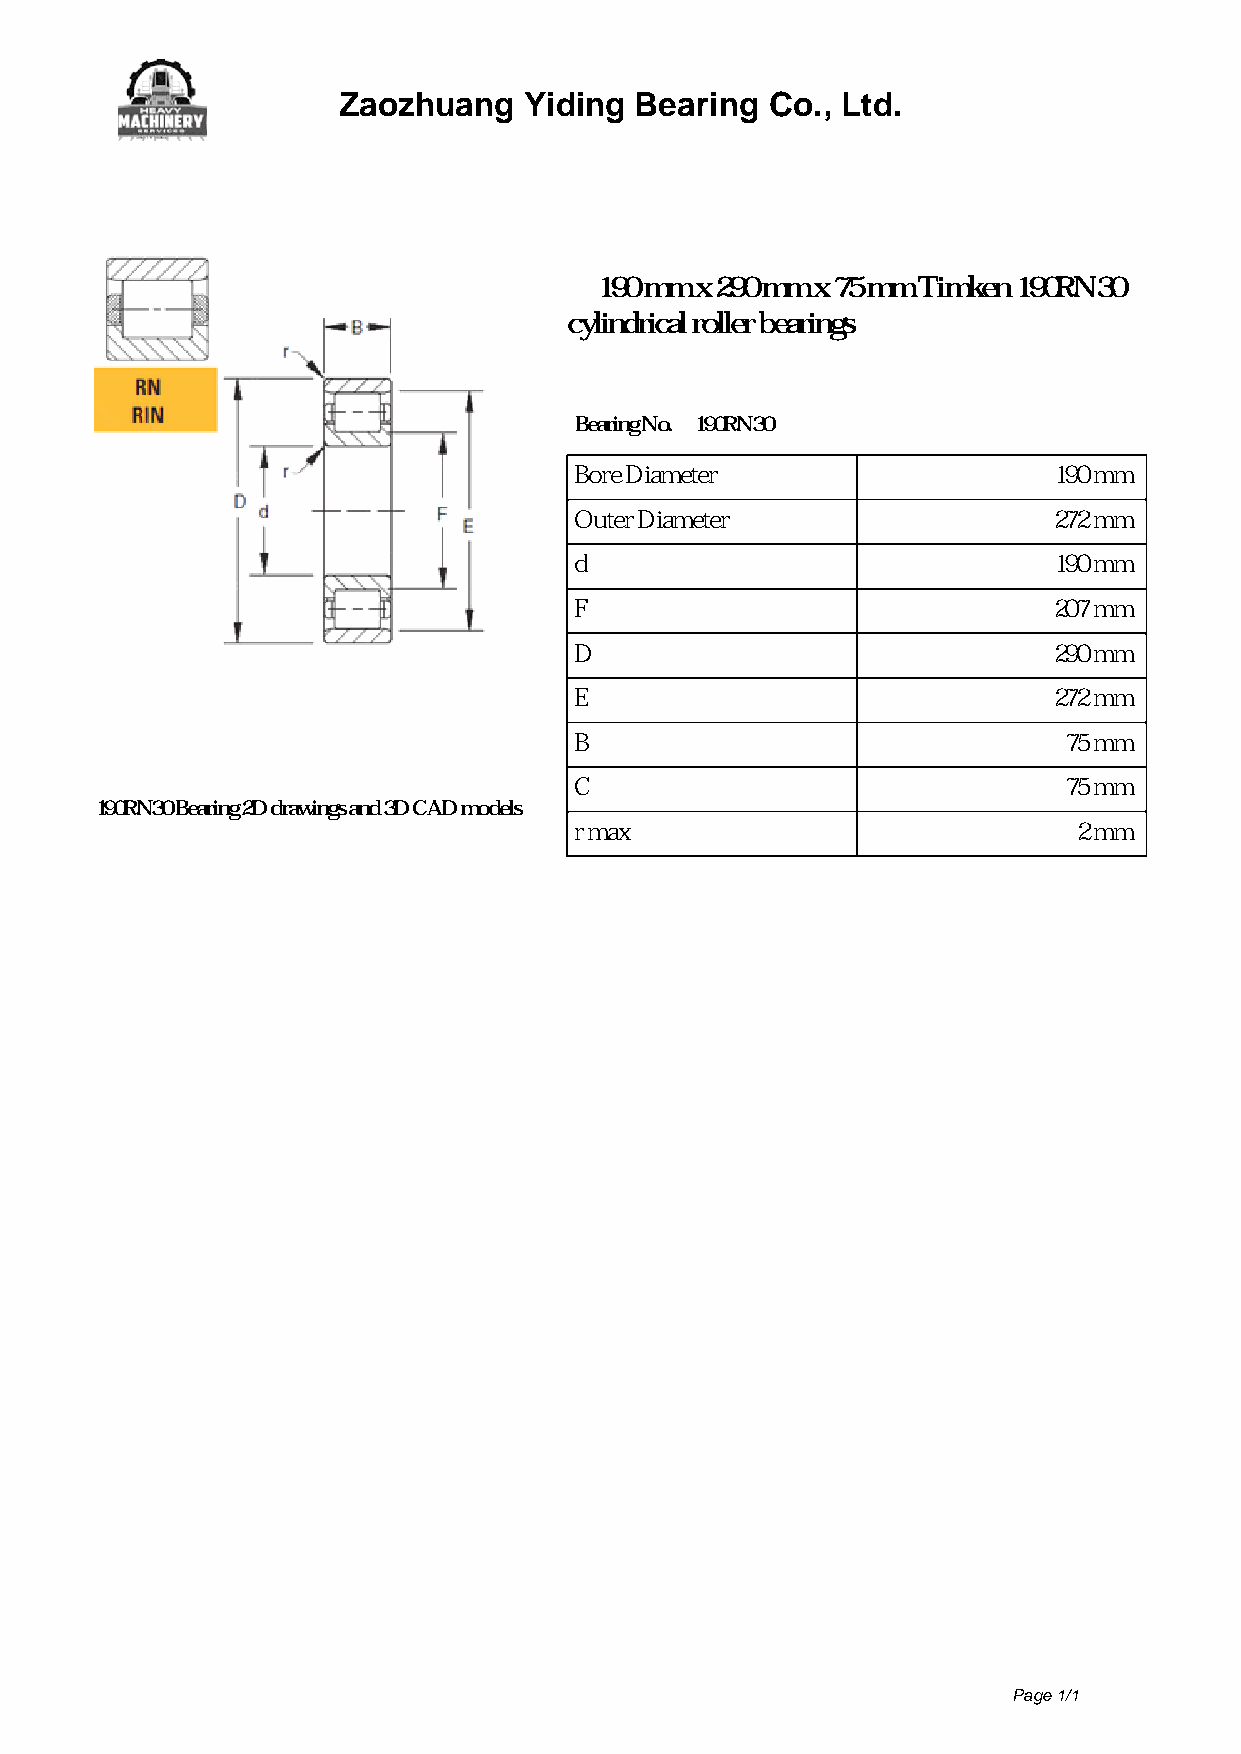
Zaozhuang    Yiding Bearing  Co., Ltd.
 190 mm x 290 mm x 75 mm Timken 190RN30
 cylindrical roller bearings
 Bearing No. 190RN30
 Bore Diameter                   190 mm
 Outer Diameter                  272 mm
 d                               190 mm
 F                               207 mm
 D                               290 mm
 E                               272 mm
 B                               75 mm
 C                               75 mm
 190RN30 Bearing 2D drawings and 3D CAD models
 r max                            2 mm
 Page 1/1
 Powered by TCPDF (www.tcpdf.org)